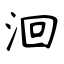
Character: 洄